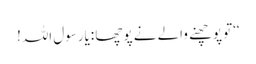
‘‘تو پوچھنے والے نے پوچھا :یارسول اللہ!